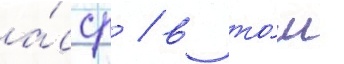
а́сср / в то́м